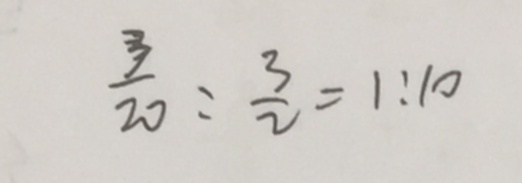
\frac { 3 } { 2 0 } : \frac { 3 } { 2 } = 1 : 1 0